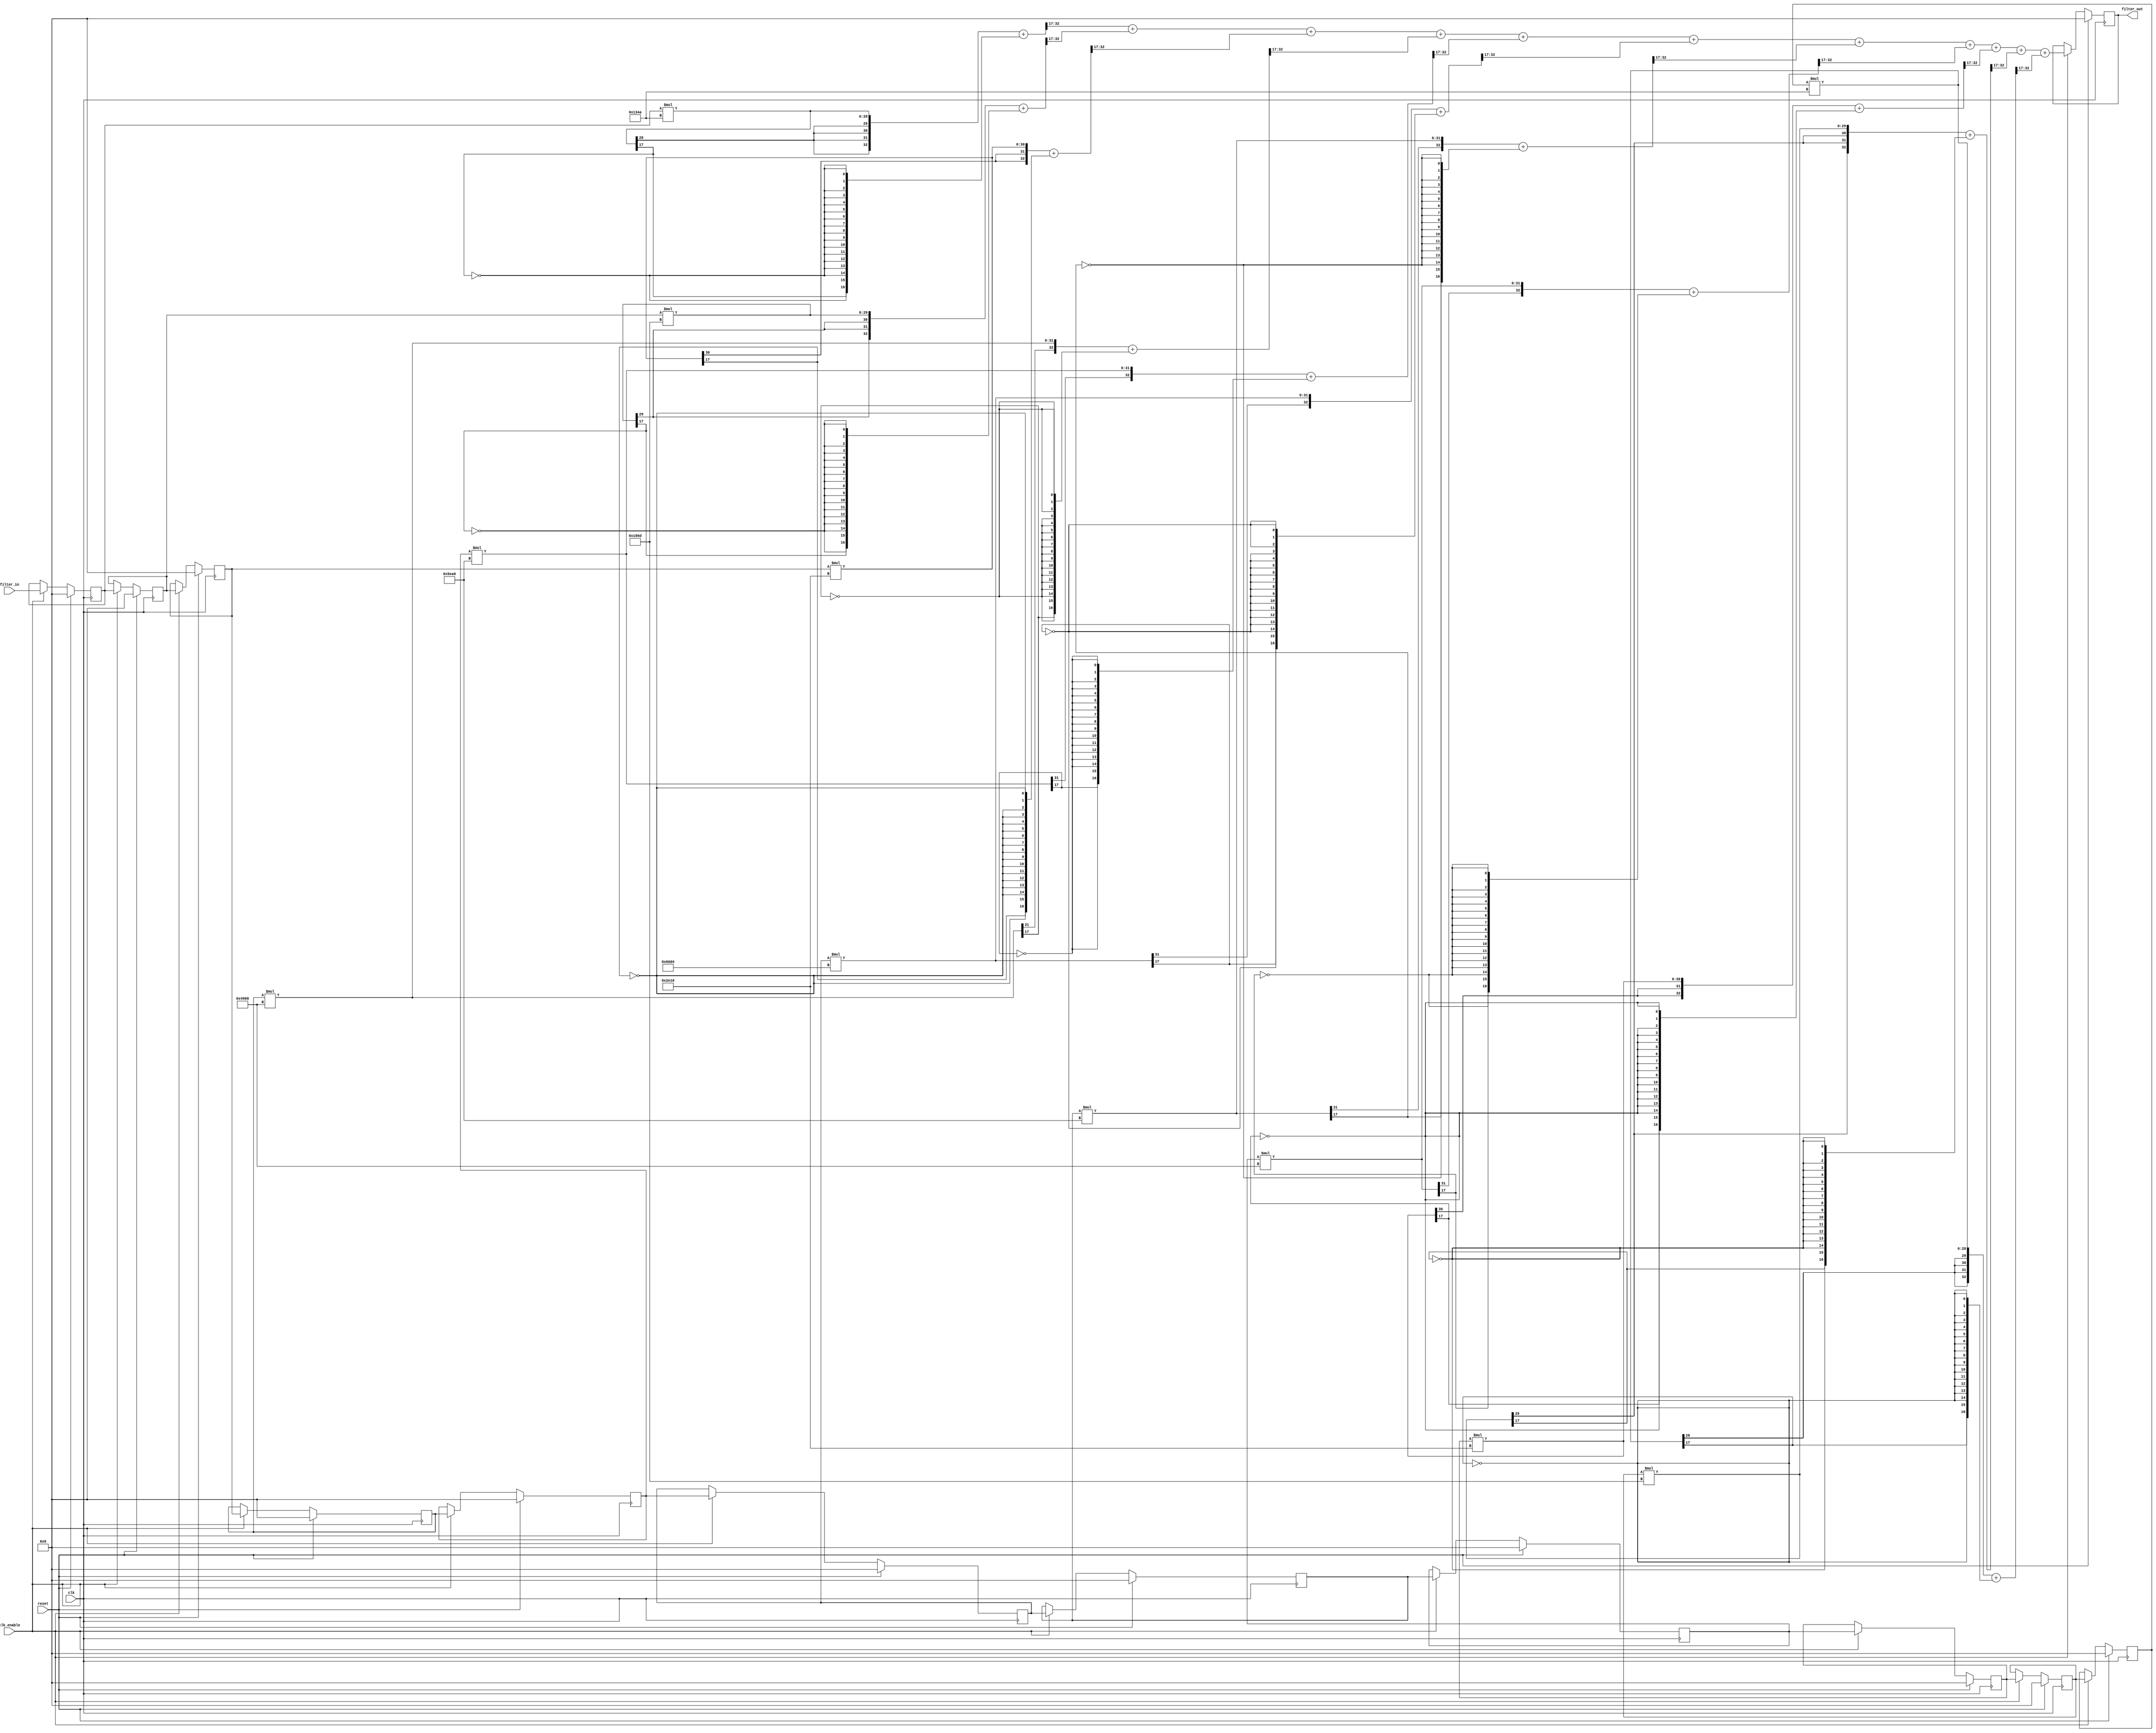
// -------------------------------------------------------------
//
// Module: filter_ideal
//
// Generated by MATLAB(R) 7.1 and the Filter Design HDL Coder 1.3.
//
// Generated on: 2009-03-21 19:18:18
//
// -------------------------------------------------------------

// -------------------------------------------------------------
// HDL Code Generation Options:
//
// TargetLanguage: Verilog
// Name: filter_ideal
// TargetDirectory: Y:\theja\filter_ideal\hdlsrc\fdatool
// ResetType: Sync
// InlineConfigurations: Off
// SafeZeroConcat: Off
// TestBenchStimulus: impulse step ramp chirp noise 
//
// Filter Settings:
//
// Discrete-Time FIR Filter (real)
// -------------------------------
// Filter Structure  : Direct-Form FIR
// Filter Length     : 11
// Stable            : Yes
// Linear Phase      : Yes (Type 1)
// Arithmetic        : fixed
// Numerator         : s16,17 -> [-2.500000e-001 2.500000e-001)
// Input             : s16,16 -> [-5.000000e-001 5.000000e-001)
// Filter Internals  : Specify Precision
//   Output          : s16,16 -> [-5.000000e-001 5.000000e-001)
//   Product         : s16,16 -> [-5.000000e-001 5.000000e-001)
//   Accumulator     : s16,16 -> [-5.000000e-001 5.000000e-001)
//   Round Mode      : convergent
//   Overflow Mode   : wrap
// -------------------------------------------------------------

`timescale 1 ns / 1 ns

module filter
               (
                clk,
                clk_enable,
                reset,
                filter_in,
                filter_out
                );

  input   clk; 
  input   clk_enable; 
  input   reset; 
  input   signed [15:0] filter_in; //sfix16_En16
  output  signed [15:0] filter_out; //sfix16_En16

  // Local Functions
  // Type Definitions
  // Constants
  parameter signed [15:0] coeff1 = 16'b1111001101001010; //sfix16_En17
  parameter signed [15:0] coeff2 = 16'b0001100001101101; //sfix16_En17
  parameter signed [15:0] coeff3 = 16'b0010111000010110; //sfix16_En17
  parameter signed [15:0] coeff4 = 16'b0100100100001000; //sfix16_En17
  parameter signed [15:0] coeff5 = 16'b0101111010100000; //sfix16_En17
  parameter signed [15:0] coeff6 = 16'b0110011011010100; //sfix16_En17
  parameter signed [15:0] coeff7 = 16'b0101111010100000; //sfix16_En17
  parameter signed [15:0] coeff8 = 16'b0100100100001000; //sfix16_En17
  parameter signed [15:0] coeff9 = 16'b0010111000010110; //sfix16_En17
  parameter signed [15:0] coeff10 = 16'b0001100001101101; //sfix16_En17
  parameter signed [15:0] coeff11 = 16'b1111001101001010; //sfix16_En17

  // Signals
  reg  signed [15:0] delay_pipeline [0:10] ; // sfix16_En16
  wire signed [15:0] product11; // sfix16_En16
  wire signed [31:0] mul_temp; // sfix32_En33
  wire signed [15:0] product10; // sfix16_En16
  wire signed [31:0] mul_temp_1; // sfix32_En33
  wire signed [15:0] product9; // sfix16_En16
  wire signed [31:0] mul_temp_2; // sfix32_En33
  wire signed [15:0] product8; // sfix16_En16
  wire signed [31:0] mul_temp_3; // sfix32_En33
  wire signed [15:0] product7; // sfix16_En16
  wire signed [31:0] mul_temp_4; // sfix32_En33
  wire signed [15:0] product6; // sfix16_En16
  wire signed [31:0] mul_temp_5; // sfix32_En33
  wire signed [15:0] product5; // sfix16_En16
  wire signed [31:0] mul_temp_6; // sfix32_En33
  wire signed [15:0] product4; // sfix16_En16
  wire signed [31:0] mul_temp_7; // sfix32_En33
  wire signed [15:0] product3; // sfix16_En16
  wire signed [31:0] mul_temp_8; // sfix32_En33
  wire signed [15:0] product2; // sfix16_En16
  wire signed [31:0] mul_temp_9; // sfix32_En33
  wire signed [15:0] product1; // sfix16_En16
  wire signed [31:0] mul_temp_10; // sfix32_En33
  wire signed [15:0] sum1; // sfix16_En16
  wire signed [15:0] add_signext; // sfix16_En16
  wire signed [15:0] add_signext_1; // sfix16_En16
  wire signed [16:0] add_temp; // sfix17_En16
  wire signed [15:0] sum2; // sfix16_En16
  wire signed [15:0] add_signext_2; // sfix16_En16
  wire signed [15:0] add_signext_3; // sfix16_En16
  wire signed [16:0] add_temp_1; // sfix17_En16
  wire signed [15:0] sum3; // sfix16_En16
  wire signed [15:0] add_signext_4; // sfix16_En16
  wire signed [15:0] add_signext_5; // sfix16_En16
  wire signed [16:0] add_temp_2; // sfix17_En16
  wire signed [15:0] sum4; // sfix16_En16
  wire signed [15:0] add_signext_6; // sfix16_En16
  wire signed [15:0] add_signext_7; // sfix16_En16
  wire signed [16:0] add_temp_3; // sfix17_En16
  wire signed [15:0] sum5; // sfix16_En16
  wire signed [15:0] add_signext_8; // sfix16_En16
  wire signed [15:0] add_signext_9; // sfix16_En16
  wire signed [16:0] add_temp_4; // sfix17_En16
  wire signed [15:0] sum6; // sfix16_En16
  wire signed [15:0] add_signext_10; // sfix16_En16
  wire signed [15:0] add_signext_11; // sfix16_En16
  wire signed [16:0] add_temp_5; // sfix17_En16
  wire signed [15:0] sum7; // sfix16_En16
  wire signed [15:0] add_signext_12; // sfix16_En16
  wire signed [15:0] add_signext_13; // sfix16_En16
  wire signed [16:0] add_temp_6; // sfix17_En16
  wire signed [15:0] sum8; // sfix16_En16
  wire signed [15:0] add_signext_14; // sfix16_En16
  wire signed [15:0] add_signext_15; // sfix16_En16
  wire signed [16:0] add_temp_7; // sfix17_En16
  wire signed [15:0] sum9; // sfix16_En16
  wire signed [15:0] add_signext_16; // sfix16_En16
  wire signed [15:0] add_signext_17; // sfix16_En16
  wire signed [16:0] add_temp_8; // sfix17_En16
  wire signed [15:0] sum10; // sfix16_En16
  wire signed [15:0] add_signext_18; // sfix16_En16
  wire signed [15:0] add_signext_19; // sfix16_En16
  wire signed [16:0] add_temp_9; // sfix17_En16
  reg  signed [15:0] output_register; // sfix16_En16

  // Block Statements
  always @( posedge clk)
    begin: Delay_Pipeline_process
      if (reset == 1'b1) begin
        delay_pipeline[0] <= 0;
        delay_pipeline[1] <= 0;
        delay_pipeline[2] <= 0;
        delay_pipeline[3] <= 0;
        delay_pipeline[4] <= 0;
        delay_pipeline[5] <= 0;
        delay_pipeline[6] <= 0;
        delay_pipeline[7] <= 0;
        delay_pipeline[8] <= 0;
        delay_pipeline[9] <= 0;
        delay_pipeline[10] <= 0;
      end
      else begin
        if (clk_enable == 1'b1) begin
          delay_pipeline[0] <= filter_in;
          delay_pipeline[1] <= delay_pipeline[0];
          delay_pipeline[2] <= delay_pipeline[1];
          delay_pipeline[3] <= delay_pipeline[2];
          delay_pipeline[4] <= delay_pipeline[3];
          delay_pipeline[5] <= delay_pipeline[4];
          delay_pipeline[6] <= delay_pipeline[5];
          delay_pipeline[7] <= delay_pipeline[6];
          delay_pipeline[8] <= delay_pipeline[7];
          delay_pipeline[9] <= delay_pipeline[8];
          delay_pipeline[10] <= delay_pipeline[9];
        end
      end
    end // Delay_Pipeline_process


  assign mul_temp = delay_pipeline[10] * coeff11;
  assign product11 = ({{1{mul_temp[31]}}, mul_temp[31:0]} + {mul_temp[17], {16{~mul_temp[17]}}})>>>17;

  assign mul_temp_1 = delay_pipeline[9] * coeff10;
  assign product10 = ({{1{mul_temp_1[31]}}, mul_temp_1[31:0]} + {mul_temp_1[17], {16{~mul_temp_1[17]}}})>>>17;

  assign mul_temp_2 = delay_pipeline[8] * coeff9;
  assign product9 = ({{1{mul_temp_2[31]}}, mul_temp_2[31:0]} + {mul_temp_2[17], {16{~mul_temp_2[17]}}})>>>17;

  assign mul_temp_3 = delay_pipeline[7] * coeff8;
  assign product8 = ({{1{mul_temp_3[31]}}, mul_temp_3[31:0]} + {mul_temp_3[17], {16{~mul_temp_3[17]}}})>>>17;

  assign mul_temp_4 = delay_pipeline[6] * coeff7;
  assign product7 = ({{1{mul_temp_4[31]}}, mul_temp_4[31:0]} + {mul_temp_4[17], {16{~mul_temp_4[17]}}})>>>17;

  assign mul_temp_5 = delay_pipeline[5] * coeff6;
  assign product6 = ({{1{mul_temp_5[31]}}, mul_temp_5[31:0]} + {mul_temp_5[17], {16{~mul_temp_5[17]}}})>>>17;

  assign mul_temp_6 = delay_pipeline[4] * coeff5;
  assign product5 = ({{1{mul_temp_6[31]}}, mul_temp_6[31:0]} + {mul_temp_6[17], {16{~mul_temp_6[17]}}})>>>17;

  assign mul_temp_7 = delay_pipeline[3] * coeff4;
  assign product4 = ({{1{mul_temp_7[31]}}, mul_temp_7[31:0]} + {mul_temp_7[17], {16{~mul_temp_7[17]}}})>>>17;

  assign mul_temp_8 = delay_pipeline[2] * coeff3;
  assign product3 = ({{1{mul_temp_8[31]}}, mul_temp_8[31:0]} + {mul_temp_8[17], {16{~mul_temp_8[17]}}})>>>17;

  assign mul_temp_9 = delay_pipeline[1] * coeff2;
  assign product2 = ({{1{mul_temp_9[31]}}, mul_temp_9[31:0]} + {mul_temp_9[17], {16{~mul_temp_9[17]}}})>>>17;

  assign mul_temp_10 = delay_pipeline[0] * coeff1;
  assign product1 = ({{1{mul_temp_10[31]}}, mul_temp_10[31:0]} + {mul_temp_10[17], {16{~mul_temp_10[17]}}})>>>17;

  assign add_signext = product1;
  assign add_signext_1 = product2;
  assign add_temp = add_signext + add_signext_1;
  assign sum1 = add_temp[15:0];

  assign add_signext_2 = sum1;
  assign add_signext_3 = product3;
  assign add_temp_1 = add_signext_2 + add_signext_3;
  assign sum2 = add_temp_1[15:0];

  assign add_signext_4 = sum2;
  assign add_signext_5 = product4;
  assign add_temp_2 = add_signext_4 + add_signext_5;
  assign sum3 = add_temp_2[15:0];

  assign add_signext_6 = sum3;
  assign add_signext_7 = product5;
  assign add_temp_3 = add_signext_6 + add_signext_7;
  assign sum4 = add_temp_3[15:0];

  assign add_signext_8 = sum4;
  assign add_signext_9 = product6;
  assign add_temp_4 = add_signext_8 + add_signext_9;
  assign sum5 = add_temp_4[15:0];

  assign add_signext_10 = sum5;
  assign add_signext_11 = product7;
  assign add_temp_5 = add_signext_10 + add_signext_11;
  assign sum6 = add_temp_5[15:0];

  assign add_signext_12 = sum6;
  assign add_signext_13 = product8;
  assign add_temp_6 = add_signext_12 + add_signext_13;
  assign sum7 = add_temp_6[15:0];

  assign add_signext_14 = sum7;
  assign add_signext_15 = product9;
  assign add_temp_7 = add_signext_14 + add_signext_15;
  assign sum8 = add_temp_7[15:0];

  assign add_signext_16 = sum8;
  assign add_signext_17 = product10;
  assign add_temp_8 = add_signext_16 + add_signext_17;
  assign sum9 = add_temp_8[15:0];

  assign add_signext_18 = sum9;
  assign add_signext_19 = product11;
  assign add_temp_9 = add_signext_18 + add_signext_19;
  assign sum10 = add_temp_9[15:0];

  always @ ( posedge clk)
    begin: Output_Register_process
      if (reset == 1'b1) begin
        output_register <= 0;
      end
      else begin
        if (clk_enable == 1'b1) begin
          output_register <= sum10;
        end
      end
    end // Output_Register_process

  // Assignment Statements
  assign filter_out = output_register;
endmodule  // filter_ideal